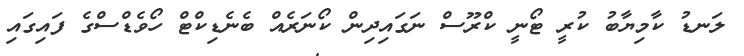
ލަނޑު ކާމިޔާބު ކުރީ ޓޯނީ ކްރޫސް ނަގައިދިން ކޯނަރެއް ބެނެޑިކްޓް ހޯވެޑްސްގެ ފައިގައި